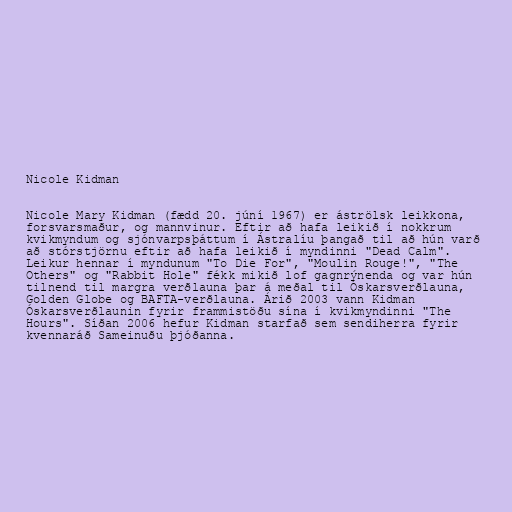
Nicole Kidman

Nicole Mary Kidman (fædd 20. júní 1967) er áströlsk leikkona,
forsvarsmaður, og mannvinur. Eftir að hafa leikið í nokkrum
kvikmyndum og sjónvarpsþáttum í Ástralíu þangað til að hún varð
að stórstjörnu eftir að hafa leikið í myndinni "Dead Calm".
Leikur hennar í myndunum "To Die For", "Moulin Rouge!", "The
Others" og "Rabbit Hole" fékk mikið lof gagnrýnenda og var hún
tilnend til margra verðlauna þar á meðal til Óskarsverðlauna,
Golden Globe og BAFTA-verðlauna. Árið 2003 vann Kidman
Óskarsverðlaunin fyrir frammistöðu sína í kvikmyndinni "The
Hours". Síðan 2006 hefur Kidman starfað sem sendiherra fyrir
kvennaráð Sameinuðu þjóðanna.